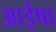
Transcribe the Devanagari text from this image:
आईषा